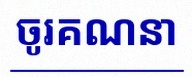
ចូរគណនា